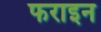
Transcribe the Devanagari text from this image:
फराइन